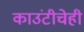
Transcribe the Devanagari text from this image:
काउंटीचेही